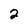
Character: 2